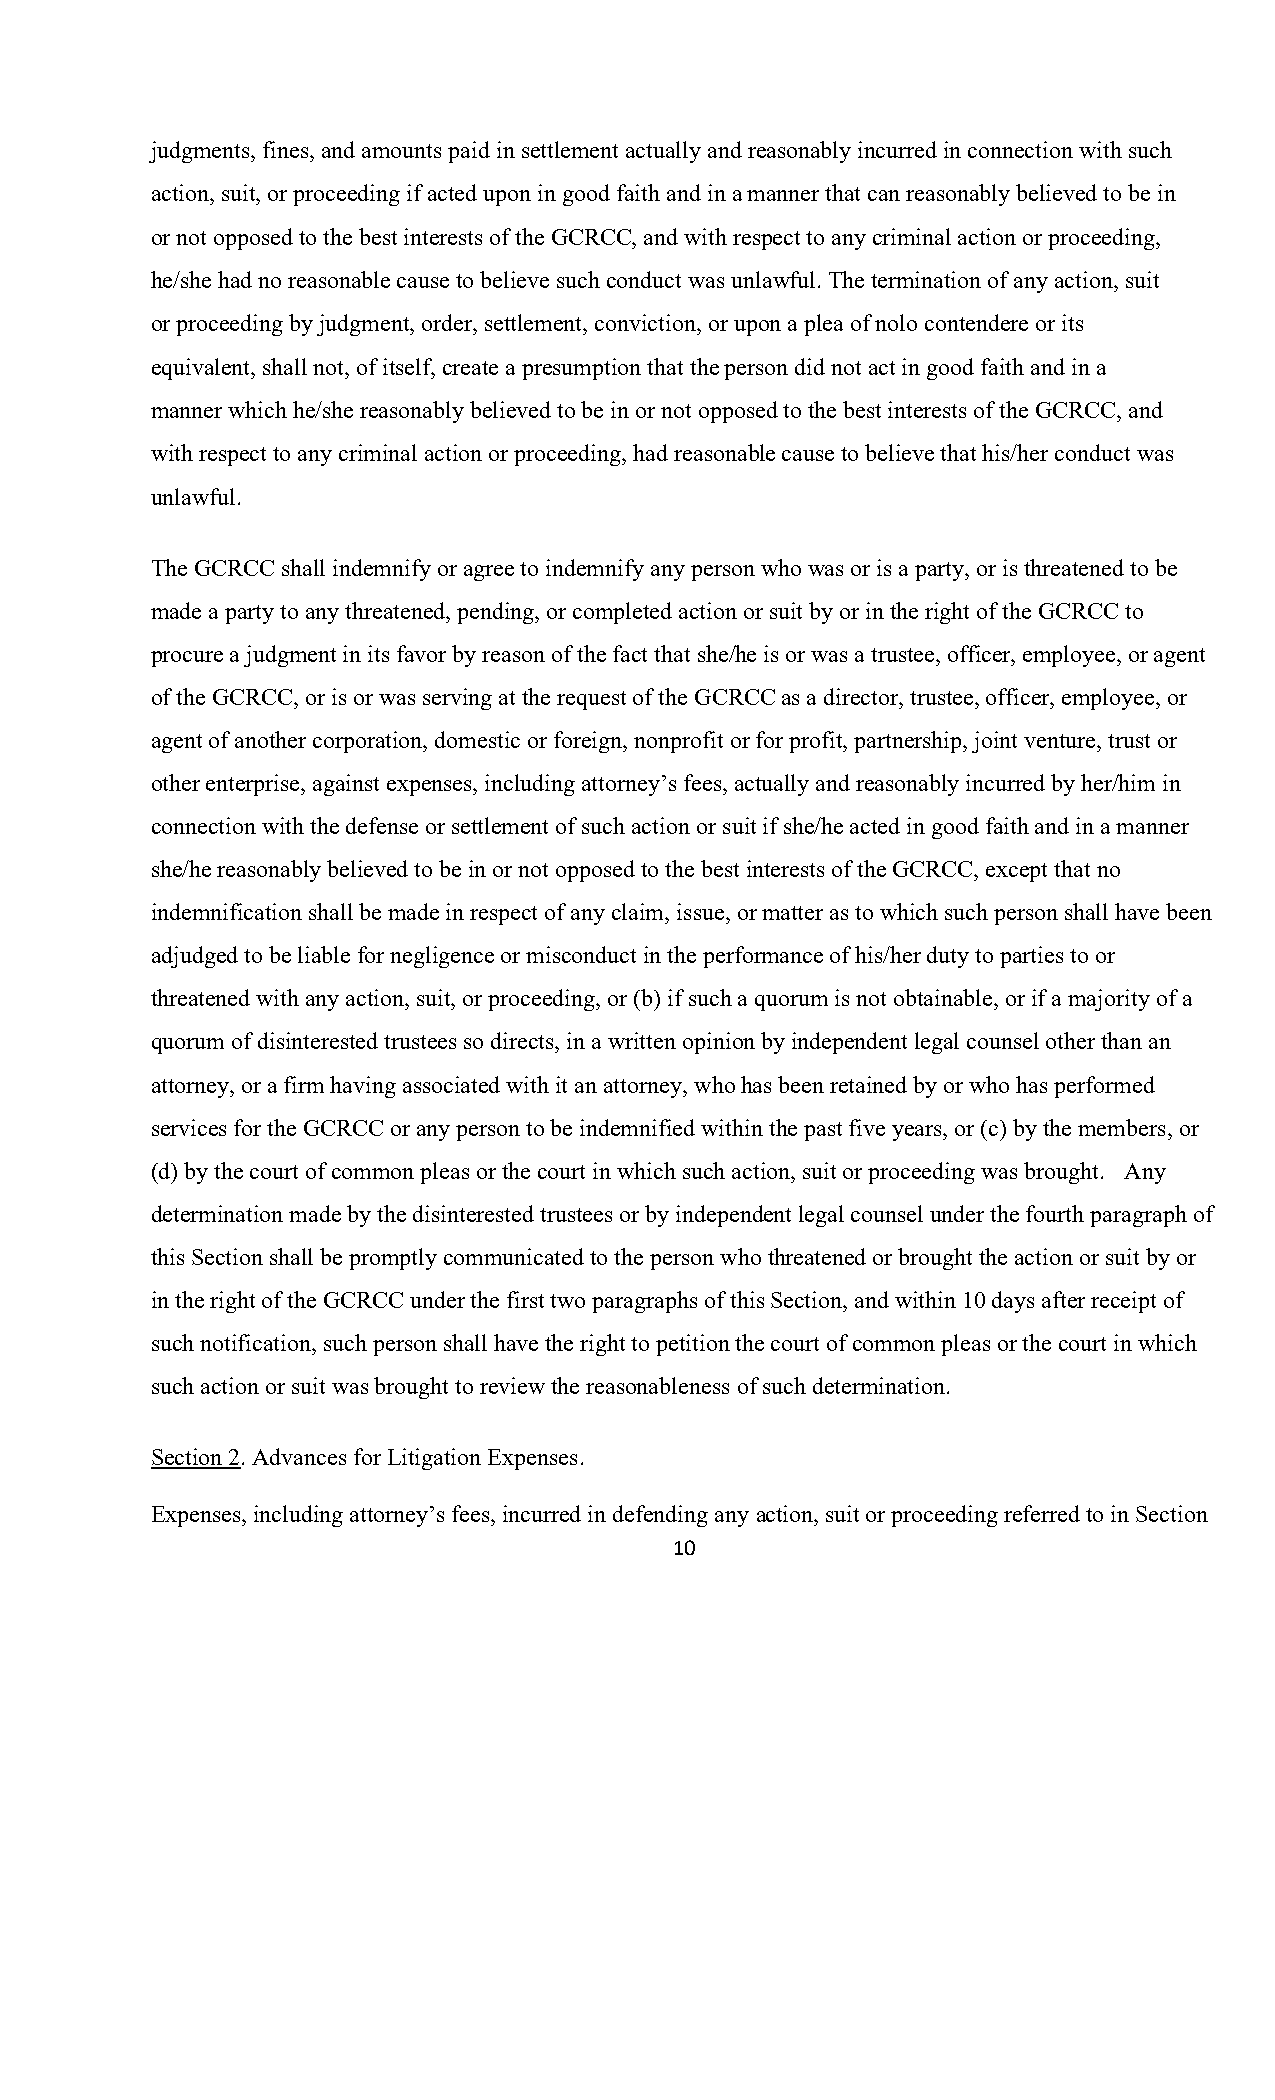
judgments, fines, and amounts paid in settlement actually and reasonably incurred in connection with such
 action, suit, or proceeding if acted upon in good faith and in a manner that can reasonably believed to be in
 or not opposed to the best interests of the GCRCC, and with respect to any criminal action or proceeding,
 he/she had no reasonable cause to believe such conduct was unlawful. The termination of any action, suit
 or proceeding by judgment, order, settlement, conviction, or upon a plea of nolo contendere or its
 equivalent, shall not, of itself, create a presumption that the person did not act in good faith and in a
 manner which he/she reasonably believed to be in or not opposed to the best interests of the GCRCC, and
 with respect to any criminal action or proceeding, had reasonable cause to believe that his/her conduct was
 unlawful.
 The GCRCC shall indemnify or agree to indemnify any person who was or is a party, or is threatened to be
 made a party to any threatened, pending, or completed action or suit by or in the right of the GCRCC to
 procure a judgment in its favor by reason of the fact that she/he is or was a trustee, officer, employee, or agent
 of the GCRCC, or is or was serving at the request of the GCRCC as a director, trustee, officer, employee, or
 agent of another corporation, domestic or foreign, nonprofit or for profit, partnership, joint venture, trust or
 other enterprise, against expenses, including attorney’s fees, actually and reasonably incurred by her/him in
 connection with the defense or settlement of such action or suit if she/he acted in good faith and in a manner
 she/he reasonably believed to be in or not opposed to the best interests of the GCRCC, except that no
 indemnification shall be made in respect of any claim, issue, or matter as to which such person shall have been
 adjudged to be liable for negligence or misconduct in the performance of his/her duty to parties to or
 threatened with any action, suit, or proceeding, or (b) if such a quorum is not obtainable, or if a majority of a
 quorum of disinterested trustees so directs, in a written opinion by independent legal counsel other than an
 attorney, or a firm having associated with it an attorney, who has been retained by or who has performed
 services for the GCRCC or any person to be indemnified within the past five years, or (c) by the members, or
 (d) by the court of common pleas or the court in which such action, suit or proceeding was brought. Any
 determination made by the disinterested trustees or by independent legal counsel under the fourth paragraph of
 this Section shall be promptly communicated to the person who threatened or brought the action or suit by or
 in the right of the GCRCC under the first two paragraphs of this Section, and within 10 days after receipt of
 such notification, such person shall have the right to petition the court of common pleas or the court in which
 such action or suit was brought to review the reasonableness of such determination.
 Section 2. Advances for Litigation Expenses.
 Expenses, including attorney’s fees, incurred in defending any action, suit or proceeding referred to in Section
 10